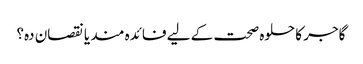
گاجر کا حلوہ صحت کے لیے فائدہ مند یا نقصان دہ؟